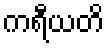
ကရီယတိ